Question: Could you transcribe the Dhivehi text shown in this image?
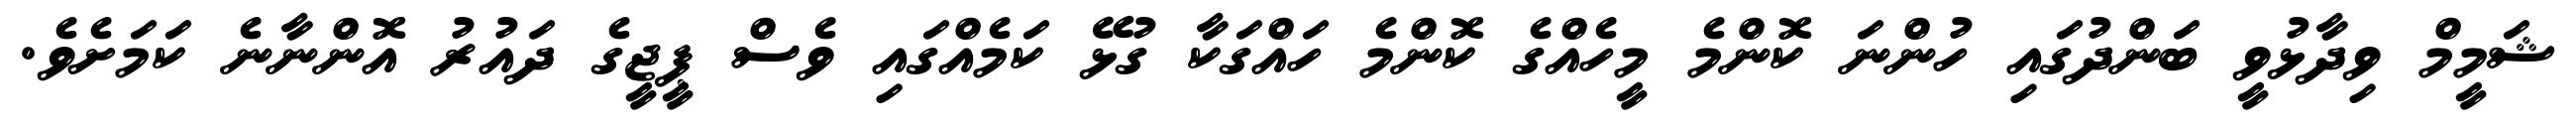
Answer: ޝަމީމް ވިދާޅުވީ ބަންދުގައި ހުންނަ ކޮންމެ މީހެއްގެ ކޮންމެ ހައްގަކާ ގުޅޭ ކަމެއްގައި ވެސް ޕީޖީގެ ދައުރު އޮންނާނެ ކަމަށެވެ.